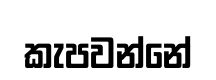
කැපවන්නේ